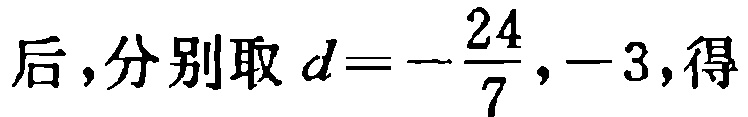
后，分别取 \(d = -\frac{24}{7}, -3\)，得